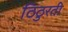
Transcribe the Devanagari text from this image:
ठिठुरती